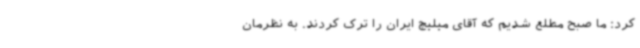
کرد: ما صبح مطلع شدیم که آقای میلیچ ایران را ترک کردند. به نظرمان